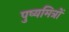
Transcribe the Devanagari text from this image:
पुष्यमित्रों